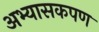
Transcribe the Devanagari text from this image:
अभ्यासकपण